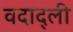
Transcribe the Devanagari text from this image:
वदाद्ली